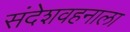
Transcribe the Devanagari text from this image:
संदेशवहनाला